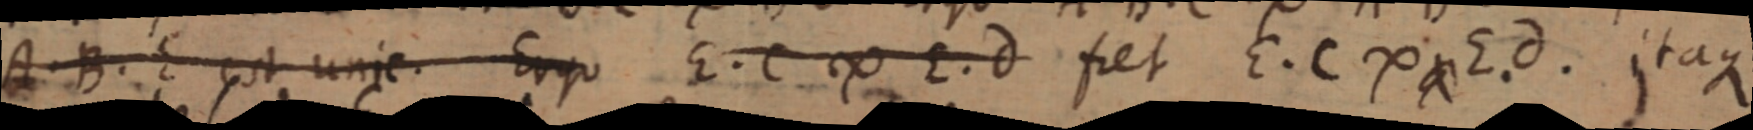
A. B. E est unic. Ergo E. C. ∞ E. d fiet E. C ∞ E. d. itaque